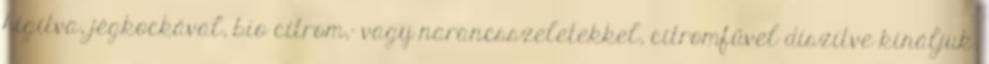
hígítva, jégkockával, bio citrom,- vagy narancsszeletekkel, citromfűvel díszítve kínáljuk.